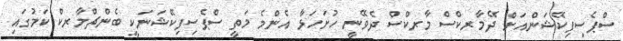
ސްޕެސިފިކޭޝަންއަށް ދޭމާރކްސް މާރކްސް ދެވޭނީ ހުށަހަޅާ އެންމެ މަތީ ސްޕެސިފިކޭޝަނަކީ ބެންޗްމާރކް ކަމުގައި